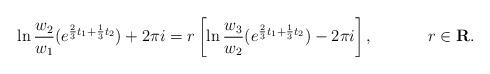
LaTeX: \begin{align*}\ln \frac{w_2}{w_1}(e^{\frac{2}{3}t_1+\frac{1}{3}t_2})+2\pi i = r \left[\ln \frac{w_3}{w_2}(e^{\frac{2}{3}t_1+\frac{1}{3}t_2})-2\pi i \right],~~~~~~~~~~r\in {\bf R}.\end{align*}